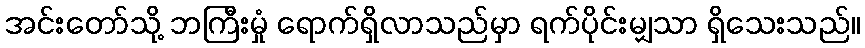
အင်းတော်သို့ ဘကြီးမှုံ ရောက်ရှိလာသည်မှာ ရက်ပိုင်းမျှသာ ရှိသေးသည်။